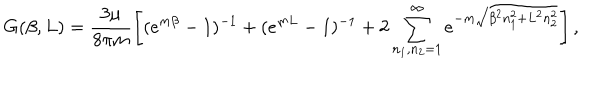
G ( \beta , L ) = \frac { 3 \mu } { 8 \pi m } \left[ ( e ^ { m \beta } - 1 ) ^ { - 1 } + ( e ^ { m L } - 1 ) ^ { - 1 } + 2 \sum _ { n _ { 1 } , n _ { 2 } = 1 } ^ { \infty } e ^ { - m \sqrt { \beta ^ { 2 } n _ { 1 } ^ { 2 } + L ^ { 2 } n _ { 2 } ^ { 2 } } } \right] ,